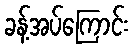
ခန့်အပ်ကြောင်း